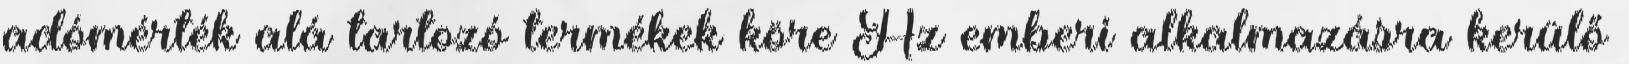
adómérték alá tartozó termékek köre Az emberi alkalmazásra kerülő